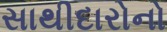
સાથીદારોનો